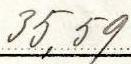
35,59